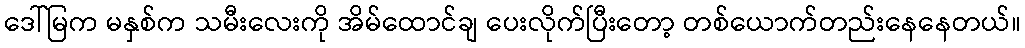
ဒေါ်မြက မနှစ်က သမီးလေးကို အိမ်ထောင်ချ ပေးလိုက်ပြီးတော့ တစ်ယောက်တည်းနေနေတယ်။